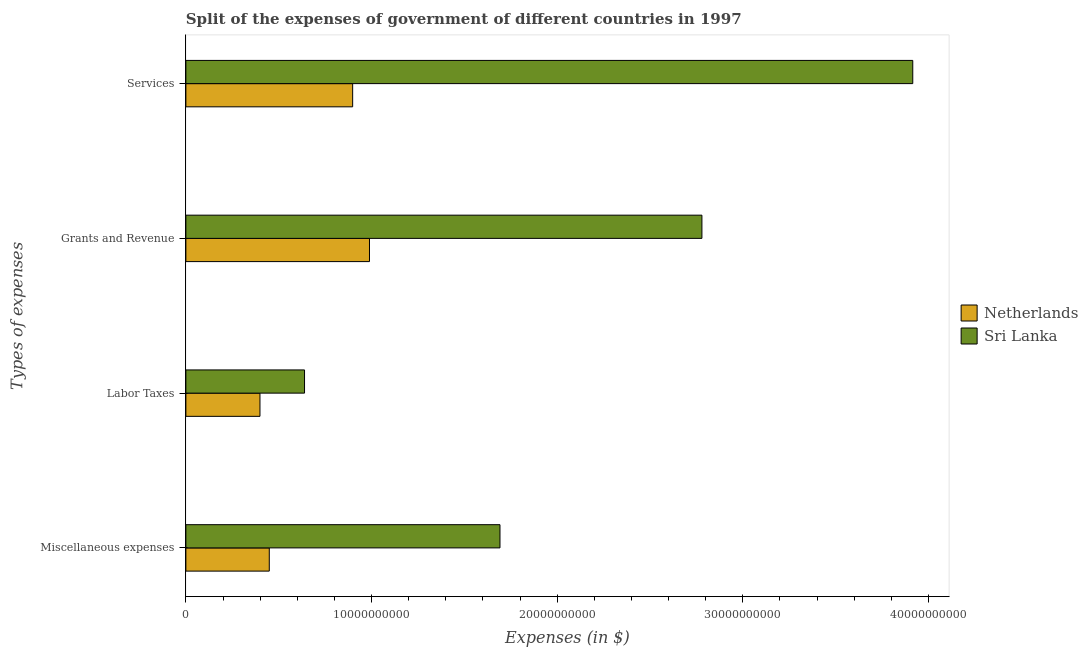
| Types of expenses | Netherlands | Sri Lanka |
 | --- | --- | --- |
 | Miscellaneous expenses | 4.49e+09 | 1.69e+10 |
 | Labor Taxes | 3.99e+09 | 6.39e+09 |
 | Grants and Revenue | 9.89e+09 | 2.78e+10 |
 | Services | 8.98e+09 | 3.92e+10 |